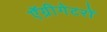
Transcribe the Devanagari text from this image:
ऍग्रीगेटरों